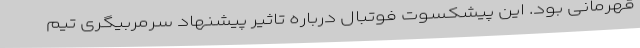
قهرمانی بود. این پیشکسوت فوتبال درباره تاثیر پیشنهاد سرمربیگری تیم